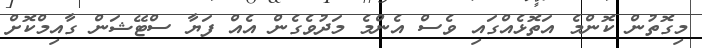
މިގޮތުން ކޮންމެ އަތޮޅެއްގައި ވެސް އެންމެ މަދުވެގެން އެެއް ފަޔާ ސްޓޭޝަން ގާއިމްކޮށް